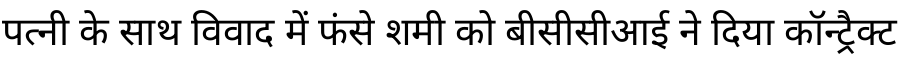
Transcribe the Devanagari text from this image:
पत्नी के साथ विवाद में फंसे शमी को बीसीसीआई ने दिया कॉन्ट्रैक्ट